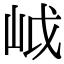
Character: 㞽